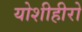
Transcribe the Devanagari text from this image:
योशीहीरो